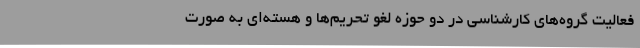
فعالیت گروه‌های کارشناسی در دو حوزه لغو تحریم‌ها و هسته‌ای به صورت